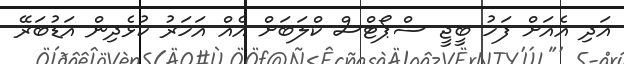
އަދި އެއަށް ފަހު ބީޖީ ސްޕޯޓްސް ކްލަބަށް އެއް އަހަރު ކުޅެދިން އަޑުބަރޭ